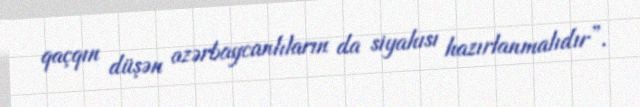
qaçqın düşən azərbaycanlıların da siyahısı hazırlanmalıdır”.